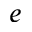
e